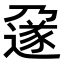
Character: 𬩄